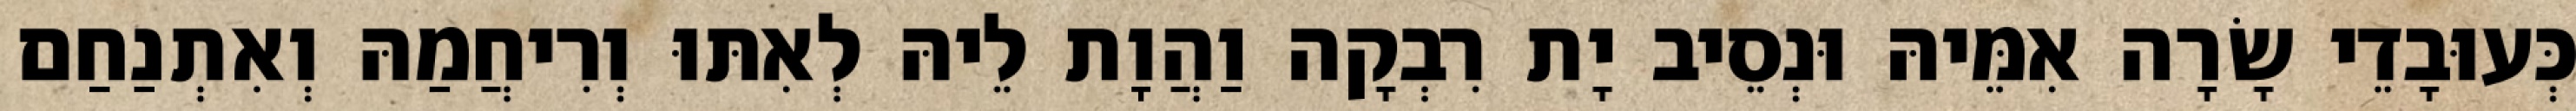
כְּעוּבָדֵי שָׂרָה אִמֵּיהּ וּנְסֵיב יָת רִבְקָה וַהֲוָת לֵיהּ לְאִתּוּ וְרִיחֲמַהּ וְאִתְנַחַם